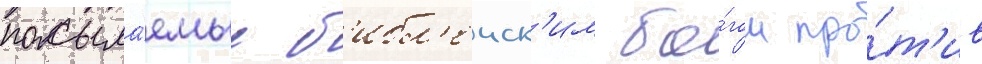
посыла́емые б'ибл'еиск'им бо́гом про́т'ив